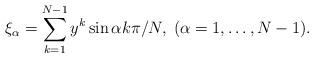
LaTeX: \begin{align*}\xi_\alpha = \sum_{k=1}^{N-1} y^k \sin \alpha k \pi / N,\; (\alpha=1,\ldots,N-1).\end{align*}